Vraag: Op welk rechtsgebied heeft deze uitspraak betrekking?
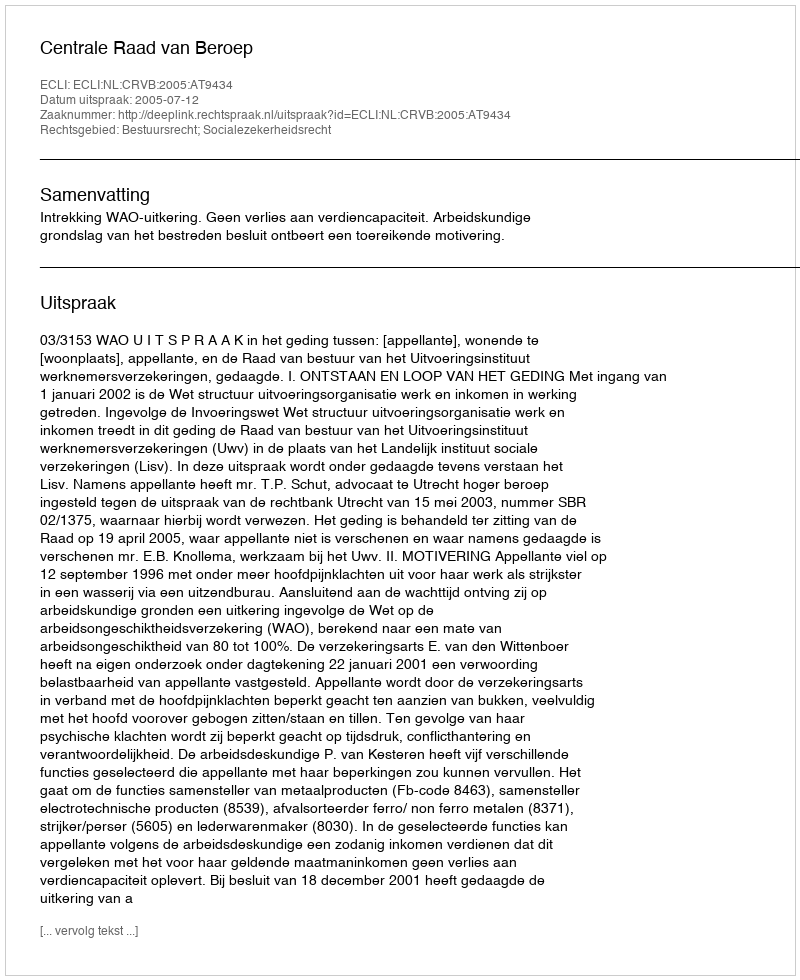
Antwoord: Bestuursrecht; Socialezekerheidsrecht